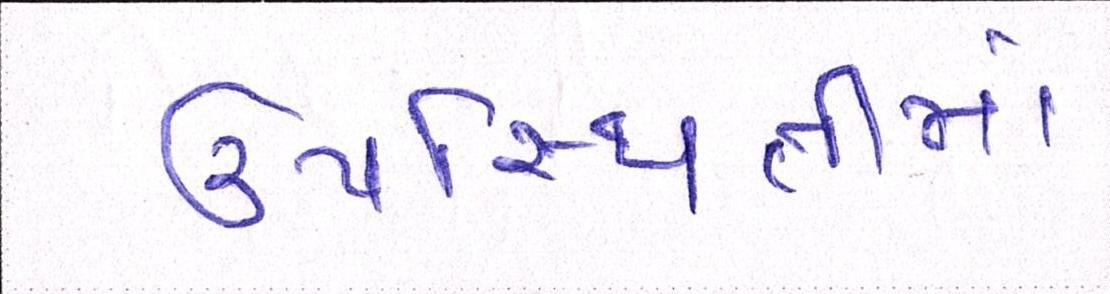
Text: ઉપસ્થિતીમાં